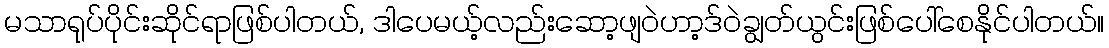
မသာရုပ်ပိုင်းဆိုင်ရာဖြစ်ပါတယ်, ဒါပေမယ့်လည်းဆော့ဖျဝဲဟာ့ဒ်ဝဲချွတ်ယွင်းဖြစ်ပေါ်စေနိုင်ပါတယ်။